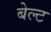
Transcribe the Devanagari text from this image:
बेल्‍ट